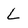
Character: L